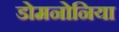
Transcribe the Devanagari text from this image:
डोमनोनिया